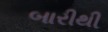
બારીથી